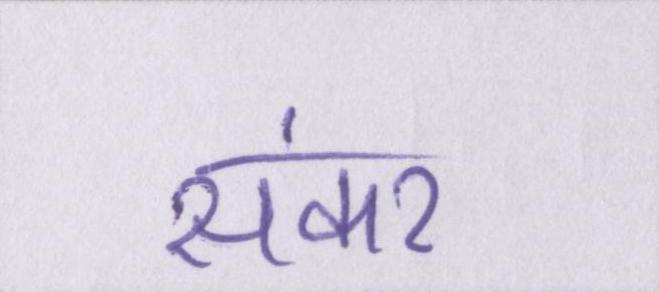
संकर